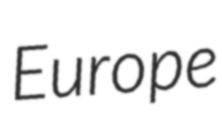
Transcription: Europe